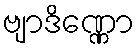
ဗျာဒိဏ္ဏော